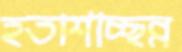
হতাশাচ্ছন্ন